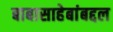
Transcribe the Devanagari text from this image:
बाबासाहेबांबद्दल